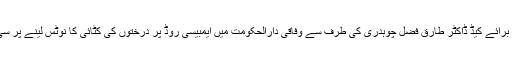
19 اکتوبر2017ء) وزیر مملکت برائے کیڈ ڈاکٹر طارق فضل چوہدری کی طرف سے وفاقی دارالحکومت میں ایمبیسی روڈ پر درختوں کی کٹائی کا نوٹس لینے پر سی ڈی اے نے رپورٹ پیش کر دی۔